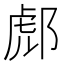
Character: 𨛵